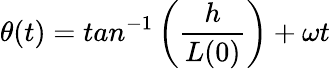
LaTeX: \theta(t)=tan^{-1}\left(\frac{h}{L(0)}\right)+\omega t